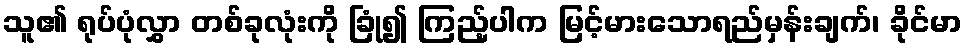
သူ၏ ရုပ်ပုံလွှာ တစ်ခုလုံးကို ခြုံ၍ ကြည့်ပါက မြင့်မားသောရည်မှန်းချက်၊ ခိုင်မာ